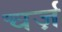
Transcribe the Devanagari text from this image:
चर्ज़